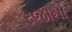
રજાનો